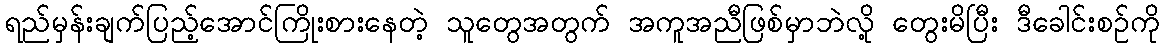
ရည်မှန်းချက်ပြည့်အောင်ကြိုးစားနေတဲ့ သူတွေအတွက် အကူအညီဖြစ်မှာဘဲလို့ တွေးမိပြီး ဒီခေါင်းစဉ်ကို